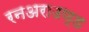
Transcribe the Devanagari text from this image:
रनअराउण्ड